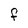
Character: F